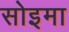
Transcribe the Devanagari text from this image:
सोइमा